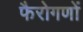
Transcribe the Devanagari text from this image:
फैरोगणों